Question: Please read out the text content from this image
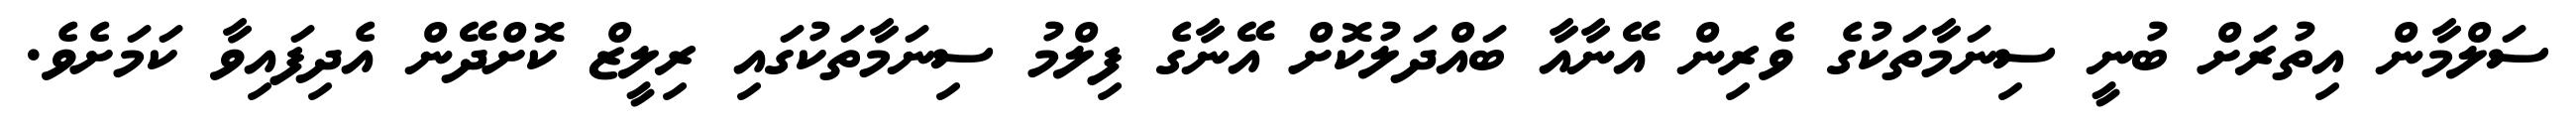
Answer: ސަލްމާން އިތުރަށް ބުނީ ސިނަމާތަކުގެ ވެރިން އޭނާއާ ބައްދަލުކޮށް އޭނާގެ ފިލްމު ސިނަމާތަކުގައި ރިލީޒް ކޮށްދޭން އެދިފައިވާ ކަމަށެވެ.